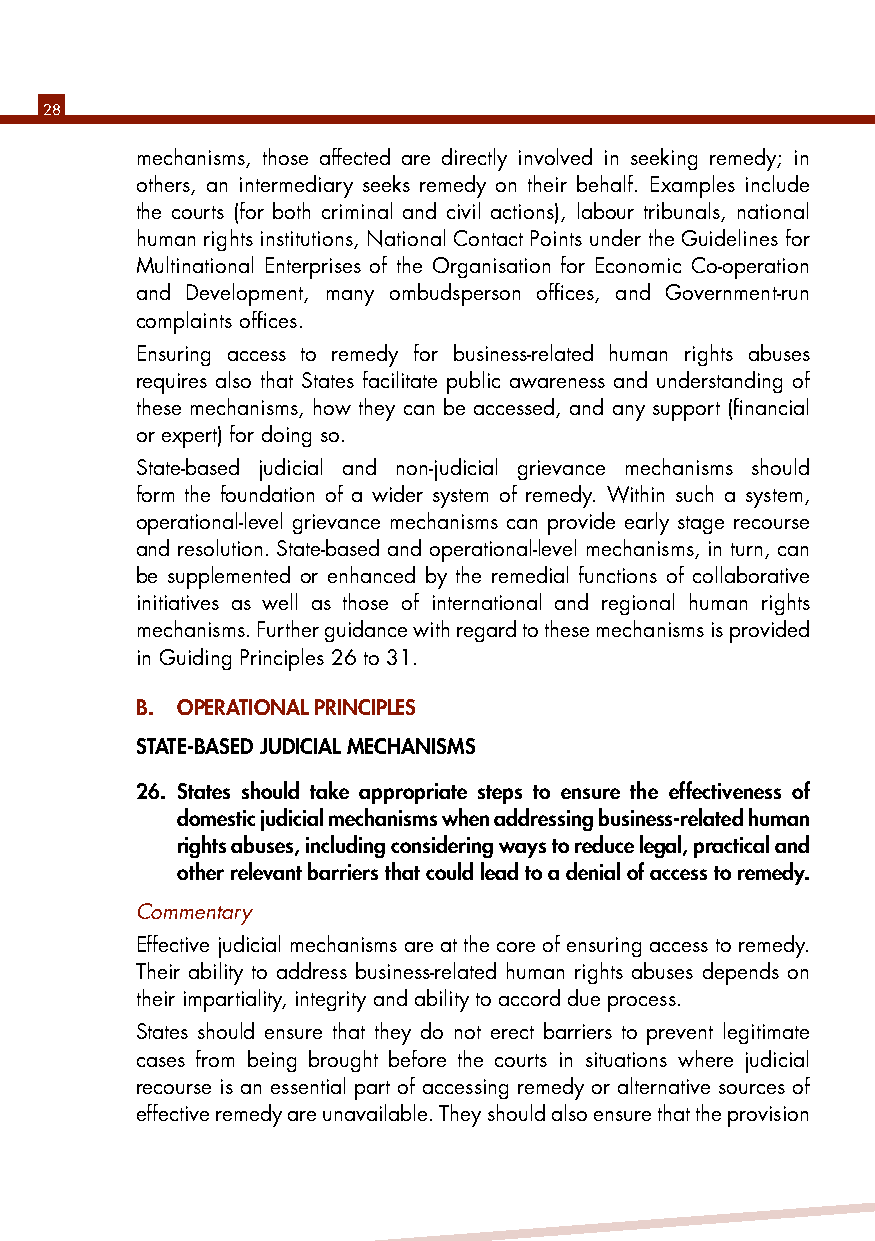
28
 mechanisms, those affected are directly involved in seeking remedy; in
 others, an intermediary seeks remedy on their behalf. Examples include
 the courts (for both criminal and civil actions), labour tribunals, national
 human rights institutions, National Contact Points under the Guidelines for
 Multinational Enterprises of the Organisation for Economic Co-operation
 and Development, many ombudsperson offices, and Government-run
 complaints offices.
 Ensuring access to remedy for business-related human rights abuses
 requires also that States facilitate public awareness and understanding of
 these mechanisms, how they can be accessed, and any support (financial
 or expert) for doing so.
 State-based judicial and non-judicial grievance mechanisms should
 form the foundation of a wider system of remedy. Within such a system,
 operational-level grievance mechanisms can provide early stage recourse
 and resolution. State-based and operational-level mechanisms, in turn, can
 be supplemented or enhanced by the remedial functions of collaborative
 initiatives as well as those of international and regional human rights
 mechanisms. Further guidance with regard to these mechanisms is provided
 in Guiding Principles 26 to 31.
 B. OPERATIONAl PRINCIPlES
 STATE-BASED jUDICIAl MECHANISMS
 26. States should take appropriate steps to ensure the effectiveness of
 domestic judicial mechanisms when addressing business-related human
 rights abuses, including considering ways to reduce legal, practical and
 other relevant barriers that could lead to a denial of access to remedy.
 Commentary
 Effective judicial mechanisms are at the core of ensuring access to remedy.
 Their ability to address business-related human rights abuses depends on
 their impartiality, integrity and ability to accord due process.
 States should ensure that they do not erect barriers to prevent legitimate
 cases from being brought before the courts in situations where judicial
 recourse is an essential part of accessing remedy or alternative sources of
 effective remedy are unavailable. They should also ensure that the provision